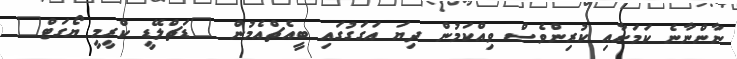
ނާންނާނެ ކަމަށާއި ކުރިންވެސް ވިއްކަމުން ދިޔަ އަގަގުގައި ބީއެޗްއެމުން "ޑަޗްލޭޑީ ކްރީމީ ޔޯގަޓް"